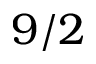
9 / 2